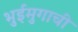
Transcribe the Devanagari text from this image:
भुईमुगाची